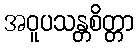
အဝူပသန္တစိတ္တာ